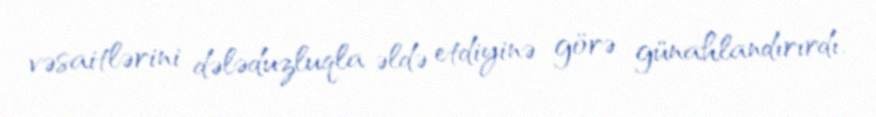
vəsaitlərini dələduzluqla əldə etdiyinə görə günahlandırırdı.